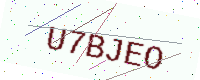
Text: U7BJEO